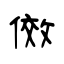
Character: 傚